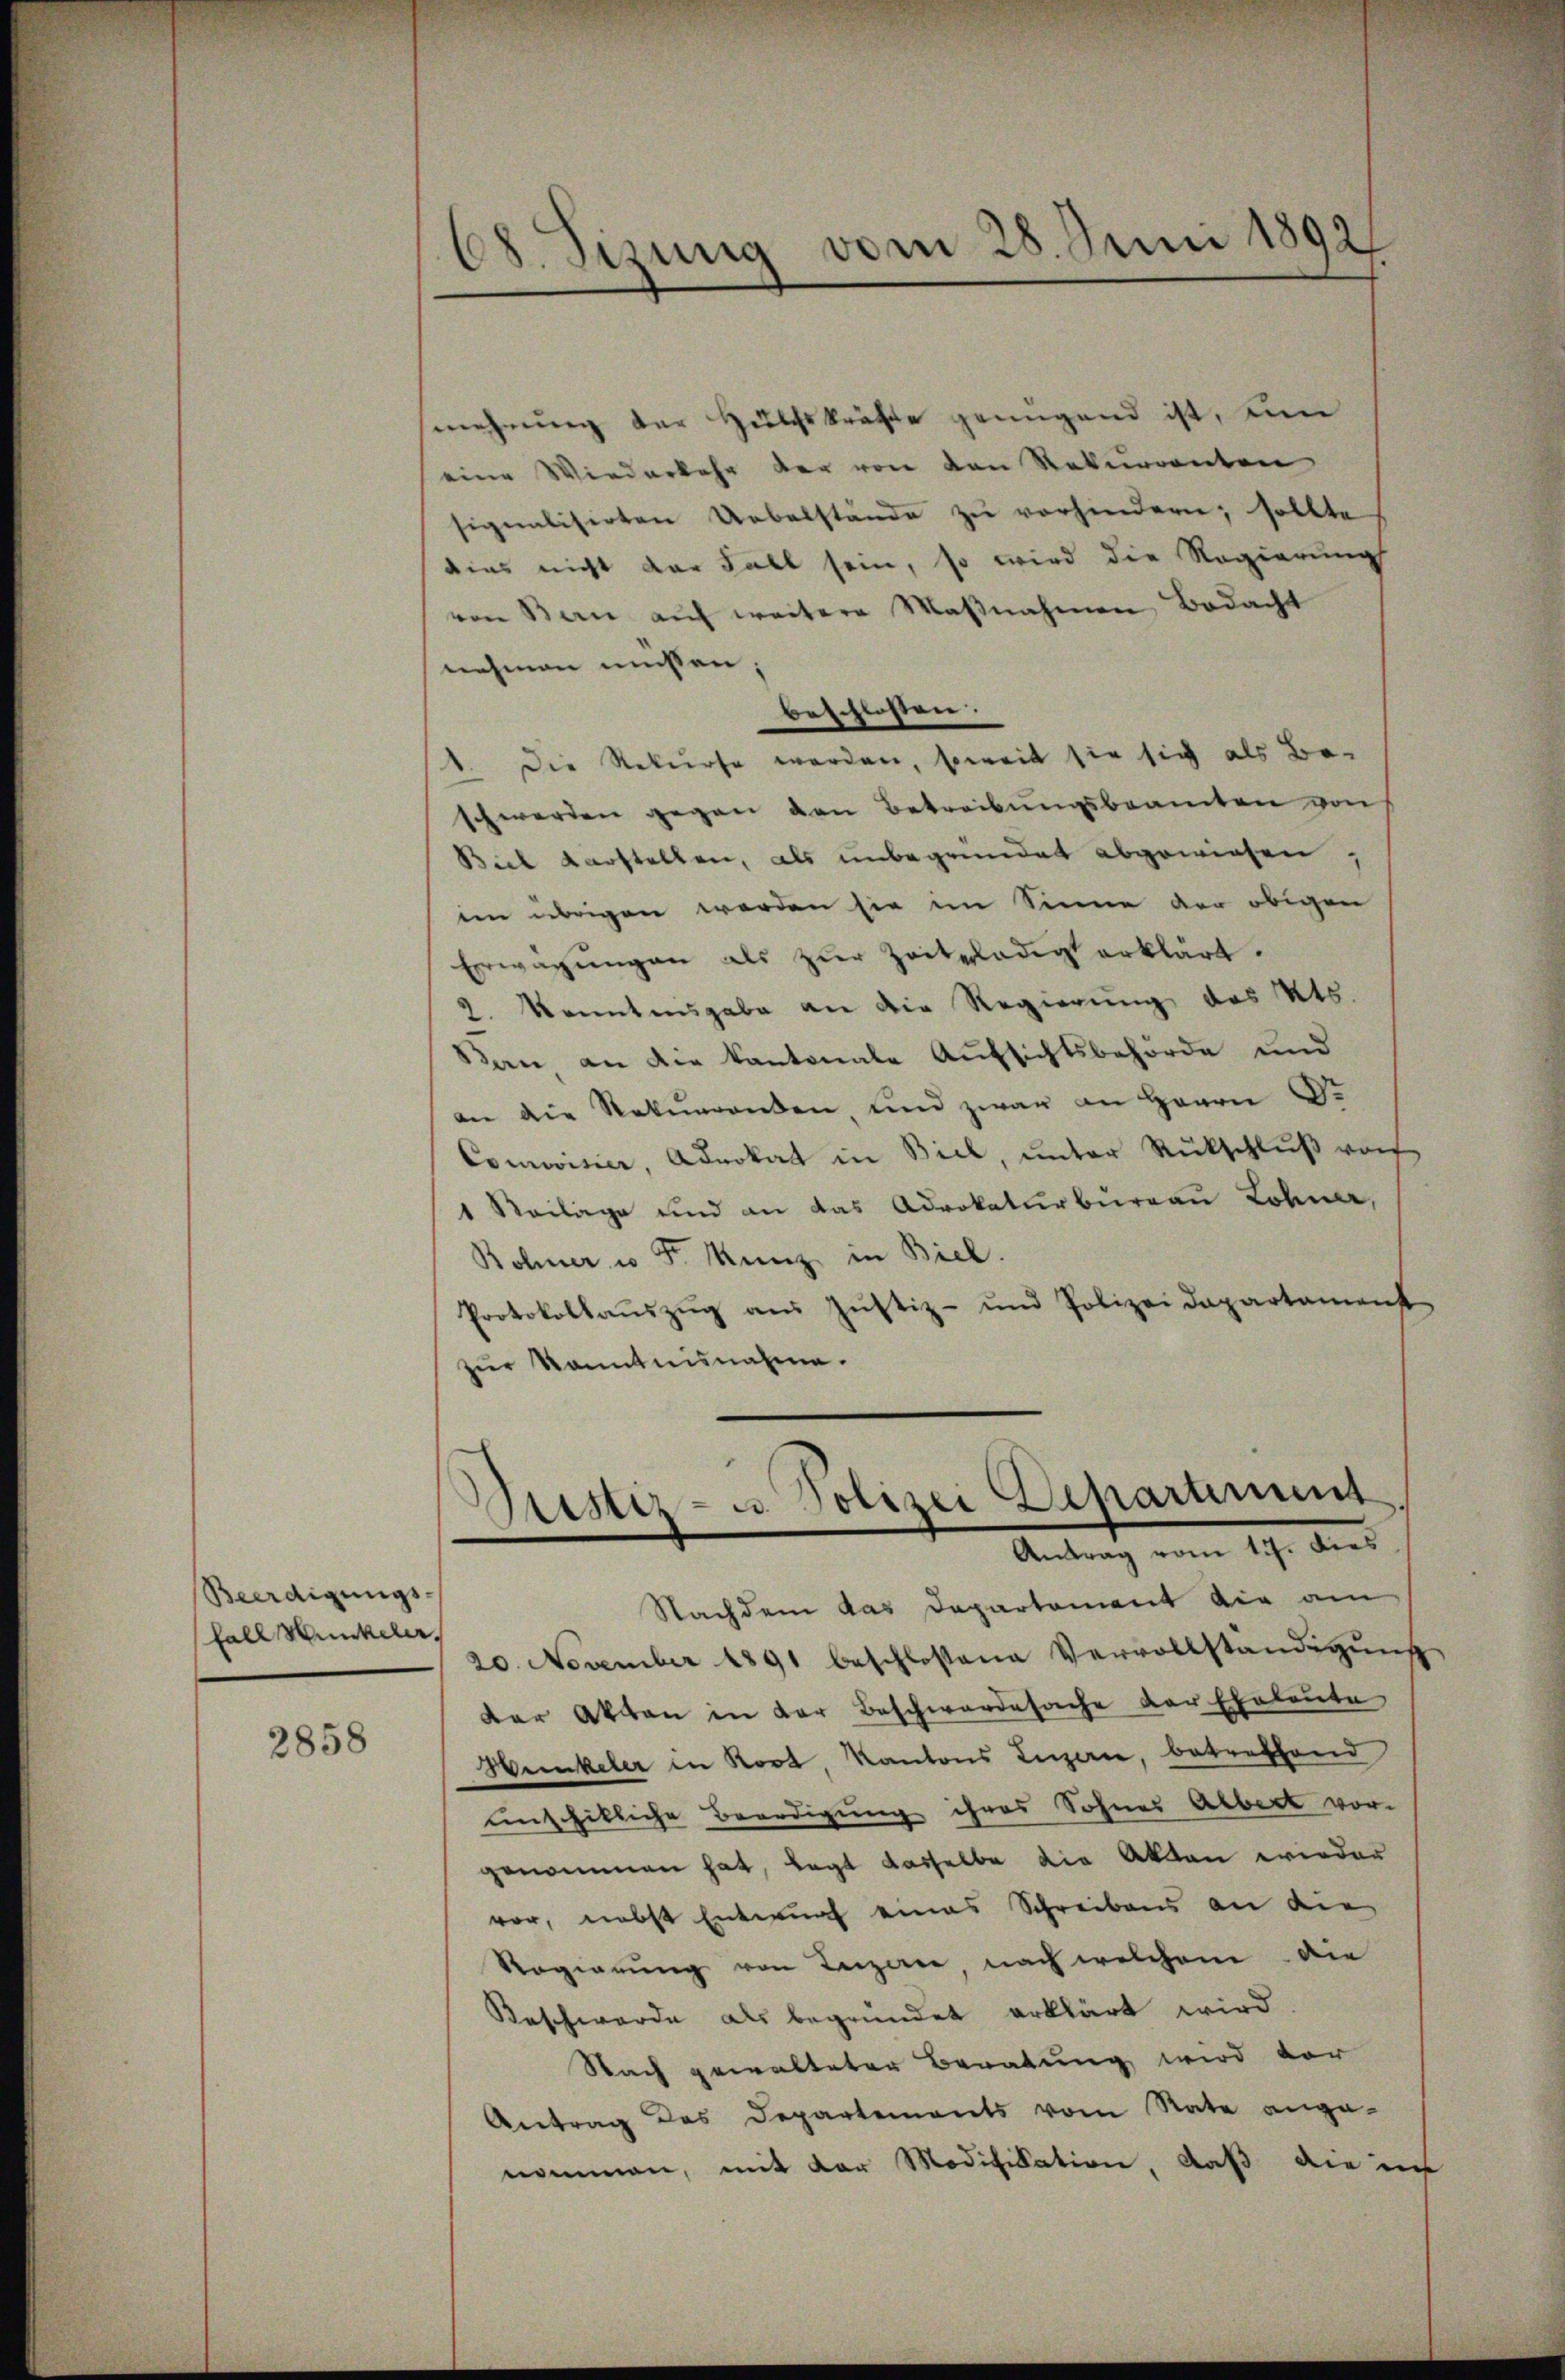
Beerdigungs-
fall Hunkeler.

2858

68. Sizung vom 28. Juni 1892

mehrung der Hülfskräfte genügend ist, un
eine Wiederkehr der von den Rekurrenten
signalisirten Uebelstände zŭ verhindern; sollte
dias nicht der Fall sein, so wird die Regierung
von Bern aŭf weitere Maβnahmen Bedacht
nehmen müssen,
beschlossen:
1. Die Rekurse werden, soweit sie sich als Be-
schwerden gegen den Betreibungsbeamten von
Biel darstellen, als unbegründet abgewiesen,
im übrigen werden sie im Sinne der obigen
Erwägŭngen als zŭr Zeitplädigt erklärt.
2. kanntensgabe an die Regierung des Kts.
kan an die Kantonale Aufsichtsbehörde und
an die Rekurrenden und zwar an Herrn D.
Comoisier, Advokat in Biel, unter Rückschlŭβ von
1 Neilage und an das Advokaturbureau Lohner,
Bohner u Fr. Kunz in Biel.
Protokollauszug aus Justiz- und Polizei Dapartamenst
zur kanntnisnahme.

Gustiz- u Polizei Departement
Antrag vom 15. dies

Nachdem das Departement die am
20. November 1891 beschlossene Vervollständigung
der Akten in der Beschwerdesache der Eheleute
Hunkeler in Rost, Kantons Luzerne, betreffend
unschilliche Beerdigung ihres Sohnes Albert vor-
genommen hat, legt dasselbe die Akten wieder
vor, nebst Entwurf eines Schreibens an die
Rogierung von Luzerne nach welchem die
Beschwerde als begründet erklärt wird
Nach gewalteter Beratung wird vor
Antrag des Departements vom Rate ange-
nommen, mit der Modifikation daß die is